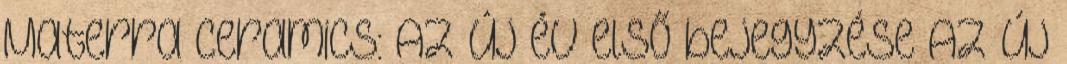
Materra Ceramics: Az új év első bejegyzése Az új